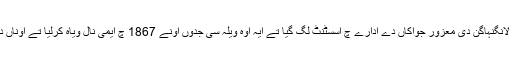
فیر اوہ ہینوور دے نال اک وڈے پنڈ لانگنہاگن دی معزور جواکاں دے ادارے چ اسسٹنٹ لگ گیا تے ایہ اوہ ویلہ سی جدوں اونے 1867 چ ایمی نال ویاہ کرلیا تے اوناں دی اک تعی گرٹروڈ 1868 چ جمی۔